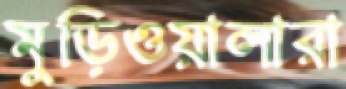
মুড়িওয়ালারা